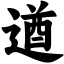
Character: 遒